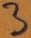
Text: 3